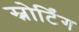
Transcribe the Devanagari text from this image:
स्नोर्टिंग